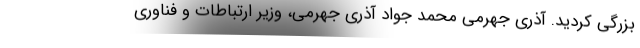
بزرگی کردید. آذری جهرمی محمد جواد آذری جهرمی، وزیر ارتباطات و فناوری